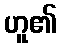
ဟူ၏